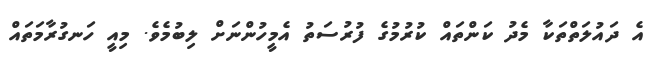
އެ ދައުލަތްތަކާ މެދު ކަންތައް ކުރުމުގެ ފުރުސަތު އެމީހުންނަށް ލިބުމެވެ. މިއީ ހަނގުރާމަތައް